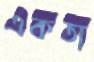
একতা